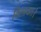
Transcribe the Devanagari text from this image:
विलायत।